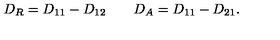
D _ { R } = D _ { 1 1 } - D _ { 1 2 } \qquad D _ { A } = D _ { 1 1 } - D _ { 2 1 } .